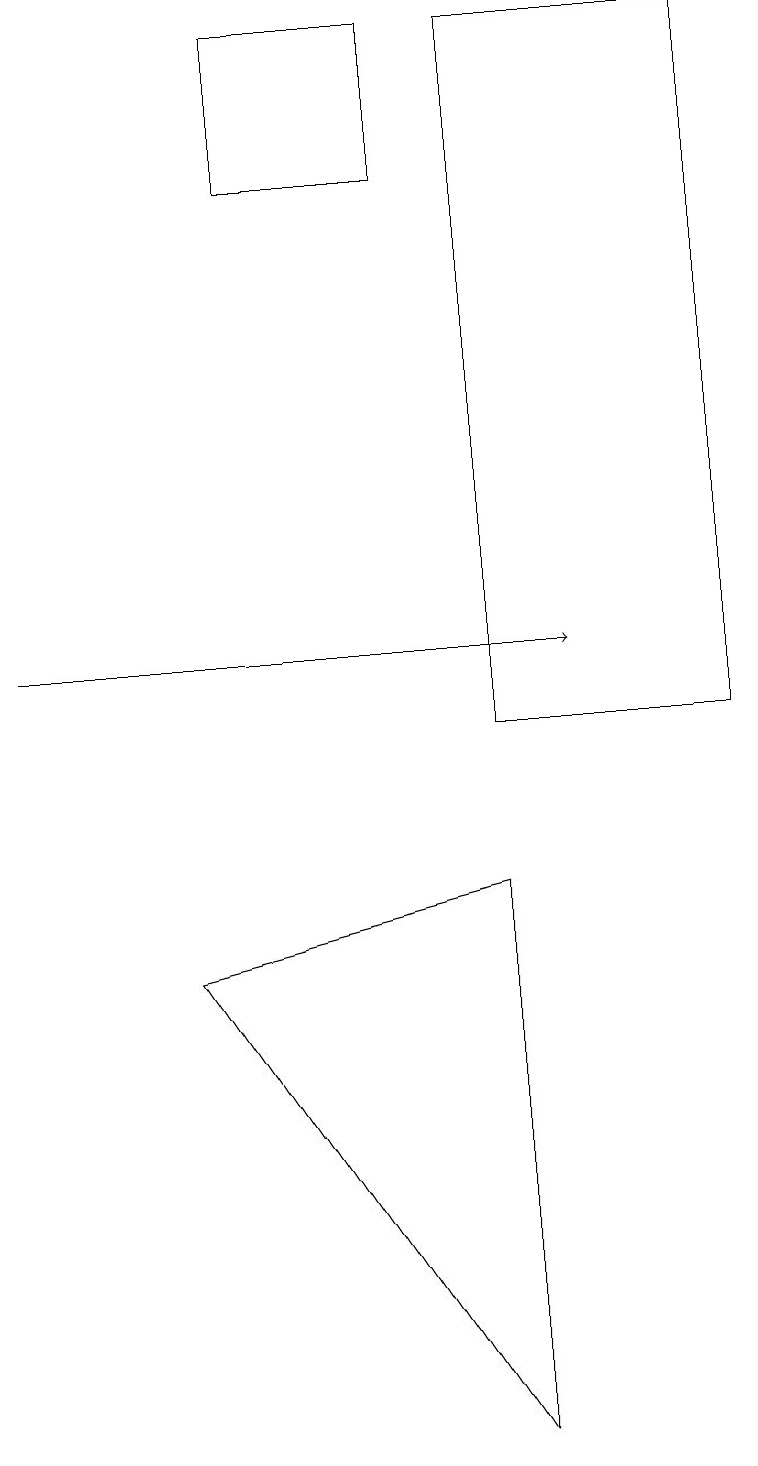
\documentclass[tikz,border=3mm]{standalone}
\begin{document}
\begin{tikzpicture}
\draw[->] (0,11) -- (7,11);
\draw (9,10) rectangle (6,19);
\draw (3,17) rectangle (5,19);
\draw (6,1) -- (6,8) -- (2,7) -- cycle;
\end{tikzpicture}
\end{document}